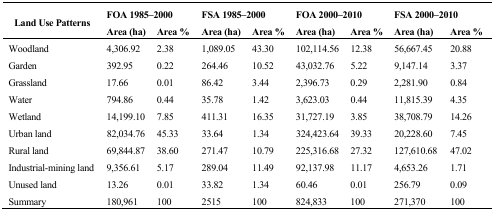
| <ROWSPAN=2> Land Use Patterns | <COLSPAN=2> FOA 1985–2000 | <COLSPAN=2> FSA 1985–2000 | <COLSPAN=2> FOA 2000–2010 | <COLSPAN=2> FSA 2000–2010 |
 | Area (ha) | Area % | Area (ha) | Area % | Area (ha) | Area % | Area (ha) | Area % |
 | --- | --- | --- | --- | --- | --- | --- | --- | --- |
 | Woodland | 4,306.92 | 2.38 | 1,089.05 | 43.30 | 102,114.56 | 12.38 | 56,667.45 | 20.88 |
 | Garden | 392.95 | 0.22 | 264.46 | 10.52 | 43,032.76 | 5.22 | 9,147.14 | 3.37 |
 | Grassland | 17.66 | 0.01 | 86.42 | 3.44 | 2,396.73 | 0.29 | 2,281.90 | 0.84 |
 | Water | 794.86 | 0.44 | 35.78 | 1.42 | 3,623.03 | 0.44 | 11,815.39 | 4.35 |
 | Wetland | 14,199.10 | 7.85 | 411.31 | 16.35 | 31,727.19 | 3.85 | 38,708.79 | 14.26 |
 | Urban land | 82,034.76 | 45.33 | 33.64 | 1.34 | 324,423.64 | 39.33 | 20,228.60 | 7.45 |
 | Rural land | 69,844.87 | 38.60 | 271.47 | 10.79 | 225,316.68 | 27.32 | 127,610.68 | 47.02 |
 | Industrial-mining land | 9,356.61 | 5.17 | 289.04 | 11.49 | 92,137.98 | 11.17 | 4,653.26 | 1.71 |
 | Unused land | 13.26 | 0.01 | 33.82 | 1.34 | 60.46 | 0.01 | 256.79 | 0.09 |
 | Summary | 180,961 | 100 | 2515 | 100 | 824,833 | 100 | 271,370 | 100 |